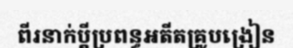
ពីរនាក់ប្តីប្រពន្ធអតីតគ្រូបង្រៀន